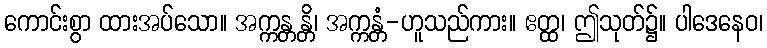
ကောင်းစွာ ထားအပ်သော။ အက္ကန္တန္တိ၊ အက္ကန္တံ-ဟူသည်ကား။ ဧတ္ထ၊ ဤသုတ်၌။ ပါဒေနေဝ၊